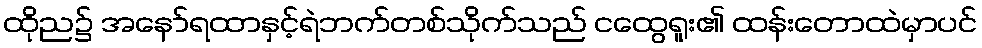
ထိုည၌ အနော်ရထာနှင့်ရဲဘက်တစ်သိုက်သည် ငထွေရူး၏ ထန်းတောထဲမှာပင်